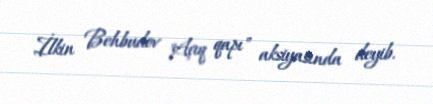
İlkin Behbudov "Açıq qapı" aksiyasında deyib.